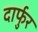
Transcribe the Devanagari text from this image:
दार्फुर